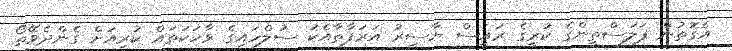
އެގޮތުން ފަލަސްތީންގެ ކުރީގެ ރައީސް ޔާސިރު އަރަފާތާއެކު ސުލްހައިގެ ވާހަކަތައް ކުރިއަށް ގެންދެވޭތޯ